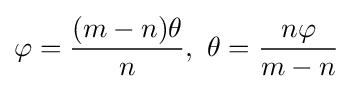
\varphi ={\frac {(m-n)\theta }{n}},\ \theta ={\frac {n\varphi }{m-n}}